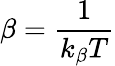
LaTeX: \beta=\frac{1}{k_{\beta}T}